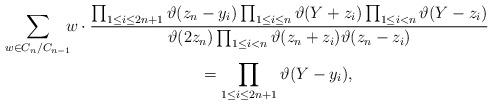
LaTeX: \begin{gather*} \sum_{w\in C_n/C_{n-1}}\!\!\!w\cdot \frac{\prod_{1\le i\le 2n+1} \vartheta(z_n-y_i) \prod_{1\le i\le n} \vartheta(Y+z_i) \prod_{1\le i<n} \vartheta(Y-z_i)} {\vartheta(2z_n)\prod_{1\le i<n} \vartheta(z_n+z_i)\vartheta(z_n-z_i)} \\ \hphantom{\sum_{w\in C_n/C_{n-1}}\!\!\!}{} = \prod_{1\le i\le 2n+1} \vartheta(Y-y_i), \end{gather*}